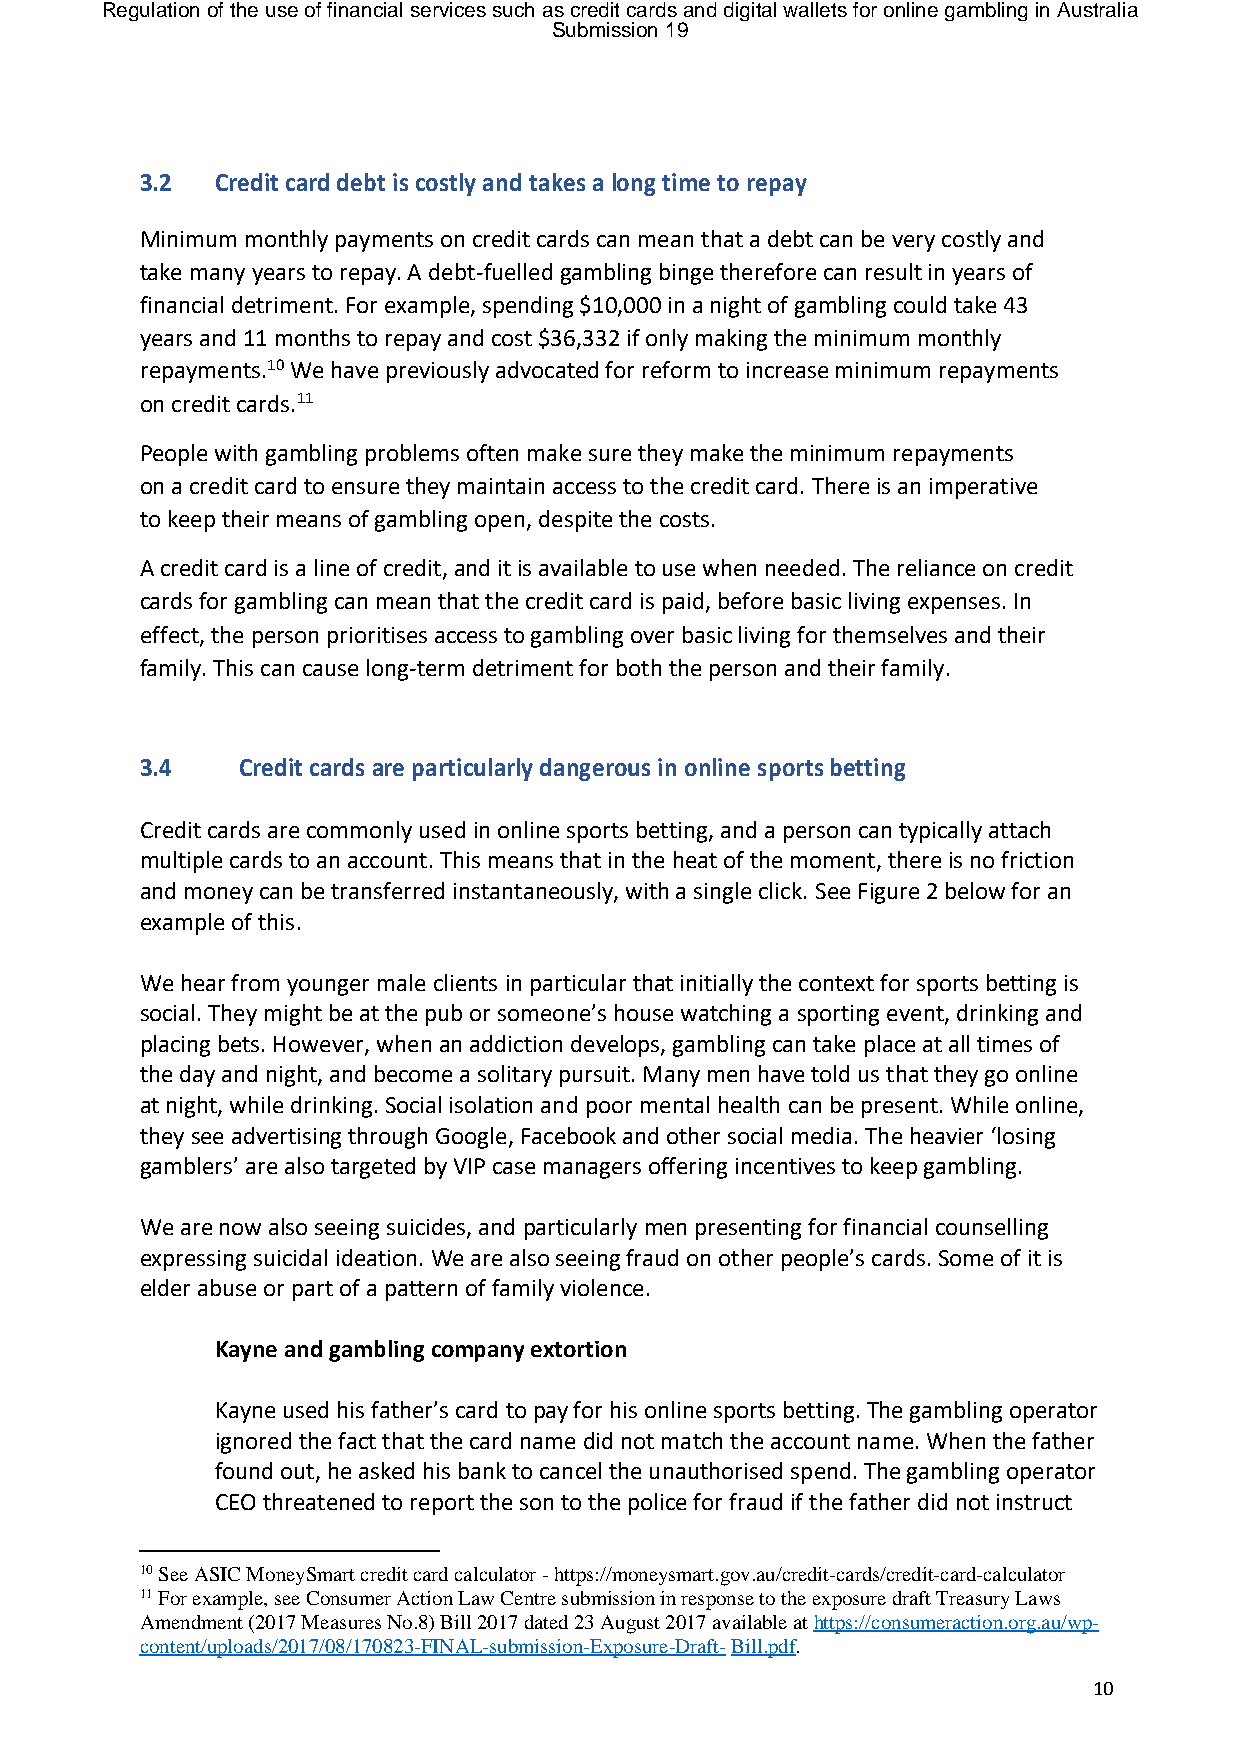
Regulation of the use of financial services such as credit cards and digital wallets for online gambling in Australia
 Submission 19
 3.2  Credit card debt is costly and takes a long time to repay
 Minimum monthly payments on credit cards can mean that a debt can be very costly and
 take many years to repay. A debt-fuelled gambling binge therefore can result in years of
 financial detriment. For example, spending $10,000 in a night of gambling could take 43
 years and 11 months to repay and cost $36,332 if only making the minimum monthly
 repayments.10 We have previously advocated for reform to increase minimum repayments
 on credit cards.11
 People with gambling problems often make sure they make the minimum repayments
 on a credit card to ensure they maintain access to the credit card. There is an imperative
 to keep their means of gambling open, despite the costs.
 A credit card is a line of credit, and it is available to use when needed. The reliance on credit
 cards for gambling can mean that the credit card is paid, before basic living expenses. In
 effect, the person prioritises access to gambling over basic living for themselves and their
 family. This can cause long-term detriment for both the person and their family.
 3.4    Credit cards are particularly dangerous in online sports betting
 Credit cards are commonly used in online sports betting, and a person can typically attach
 multiple cards to an account. This means that in the heat of the moment, there is no friction
 and money can be transferred instantaneously, with a single click. See Figure 2 below for an
 example of this.
 We hear from younger male clients in particular that initially the context for sports betting is
 social. They might be at the pub or someone’s house watching a sporting event, drinking and
 placing bets. However, when an addiction develops, gambling can take place at all times of
 the day and night, and become a solitary pursuit. Many men have told us that they go online
 at night, while drinking. Social isolation and poor mental health can be present. While online,
 they see advertising through Google, Facebook and other social media. The heavier ‘losing
 gamblers’ are also targeted by VIP case managers offering incentives to keep gambling.
 We are now also seeing suicides, and particularly men presenting for financial counselling
 expressing suicidal ideation. We are also seeing fraud on other people’s cards. Some of it is
 elder abuse or part of a pattern of family violence.
 Kayne and gambling company extortion
 Kayne used his father’s card to pay for his online sports betting. The gambling operator
 ignored the fact that the card name did not match the account name. When the father
 found out, he asked his bank to cancel the unauthorised spend. The gambling operator
 CEO threatened to report the son to the police for fraud if the father did not instruct
 10 See ASIC MoneySmart credit card calculator - https://moneysmart.gov.au/credit-cards/credit-card-calculator
 11 For example, see Consumer Action Law Centre submission in response to the exposure draft Treasury Laws
 Amendment (2017 Measures No.8) Bill 2017 dated 23 August 2017 available at https://consumeraction.org.au/wp-
 content/uploads/2017/08/170823-FINAL-submission-Exposure-Draft- Bill.pdf.
 10